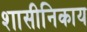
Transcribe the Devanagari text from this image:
शासीनिकाय